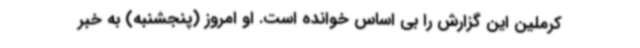
کرملین این گزارش را بی اساس خوانده است. او امروز (پنجشنبه) به خبر